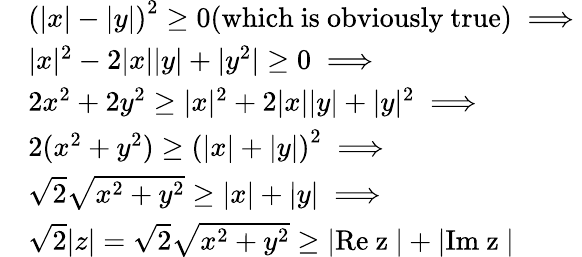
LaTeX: \begin{array}{rl}&{\left(\lvert x\rvert-\lvert y\rvert\right)^{2}\geq 0\mathrm{(which~is~obviously~true)}\implies}\\ &{\lvert x\rvert^{2}-2\lvert x\rvert\lvert y\rvert+|y^{2}|\geq 0\implies}\\ &{2x^{2}+2y^{2}\geq\lvert x\rvert^{2}+2\lvert x\rvert\lvert y\rvert+\lvert y\rvert^{2}\implies}\\ &{2(x^{2}+y^{2})\geq\left(\lvert x\rvert+\lvert y\rvert\right)^{2}\implies}\\ &{\sqrt{2}\sqrt{x^{2}+y^{2}}\geq\lvert x\rvert+\lvert y\rvert\implies}\\ &{\sqrt{2}\lvert z\rvert=\sqrt{2}\sqrt{x^{2}+y^{2}}\geq\lvert\mathrm{Re~z~}\rvert+\lvert\mathrm{Im~z~}\rvert}\end{array}